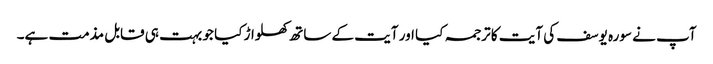
آپ نے سورہ یوسف کی آیت کا ترجمہ کیا اور آیت کے ساتھ کھلواڑ کیا جو بہت ہی قابل مذمت ہے۔